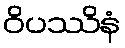
ဝိပဿိနံ